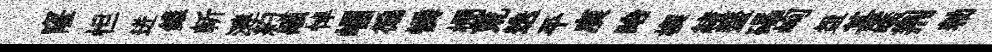
窿怛迸錐斬漣約顒悼崛徧憐棚荒迭平庾眙楔緖虀礧峋盌甚嶠荆勑